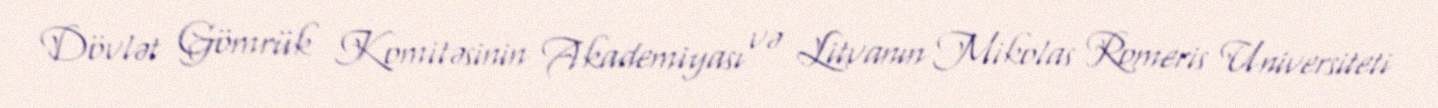
Dövlət Gömrük Komitəsinin Akademiyası və Litvanın Mikolas Romeris Universiteti